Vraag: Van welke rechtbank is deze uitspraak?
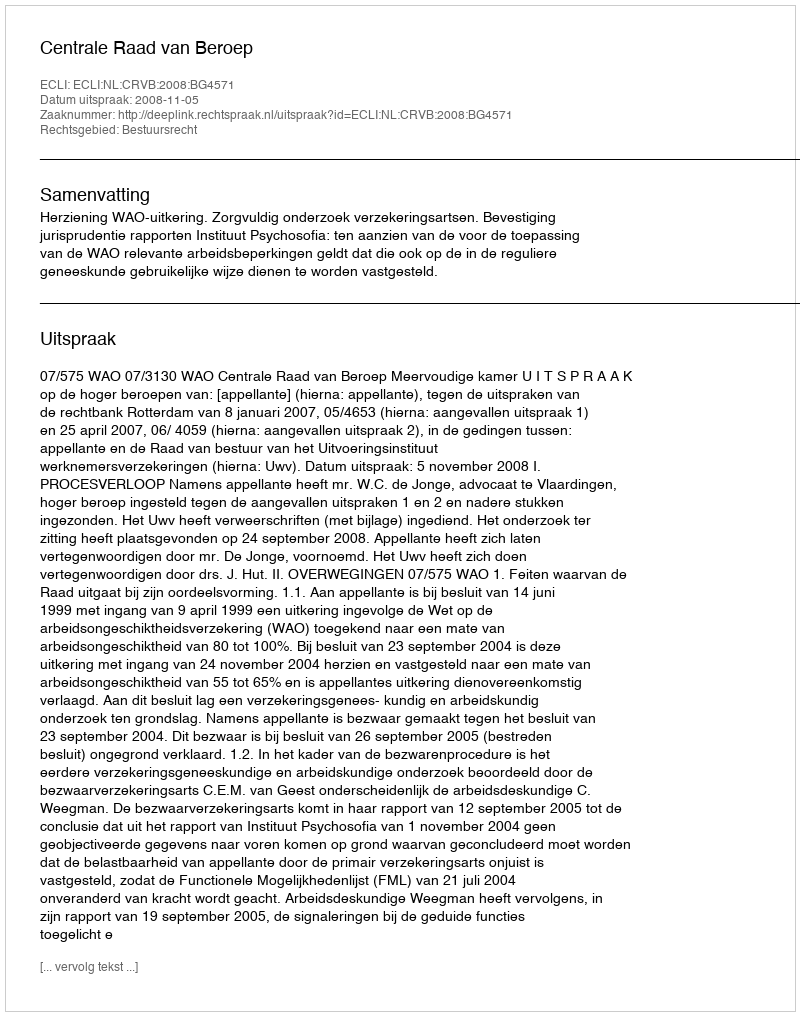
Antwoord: Centrale Raad van Beroep